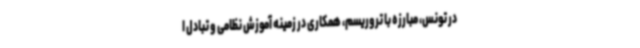
در تونس، مبارزه با تروریسم، همکاری در زمینه آموزش نظامی و تبادل ا